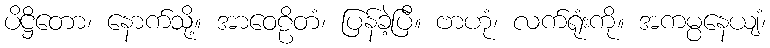
ပိဋ္ဌိတော၊ နောက်သို့။ အာဝေဠိတံ၊ ပြန်ခဲ့ပြီ။ ဗာဟုံ၊ လက်ရုံးကို။ အကမ္ပနေယျံ၊